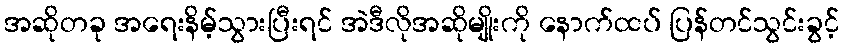
အဆိုတခု အရေးနိမ့်သွားပြီးရင် အဲဒီလိုအဆိုမျိုးကို နောက်ထပ် ပြန်တင်သွင်းခွင့်